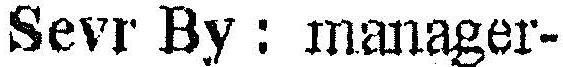
SEVR BY : MANAGER-